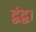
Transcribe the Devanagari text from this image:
द्वंद्व।